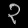
Digit: ၃